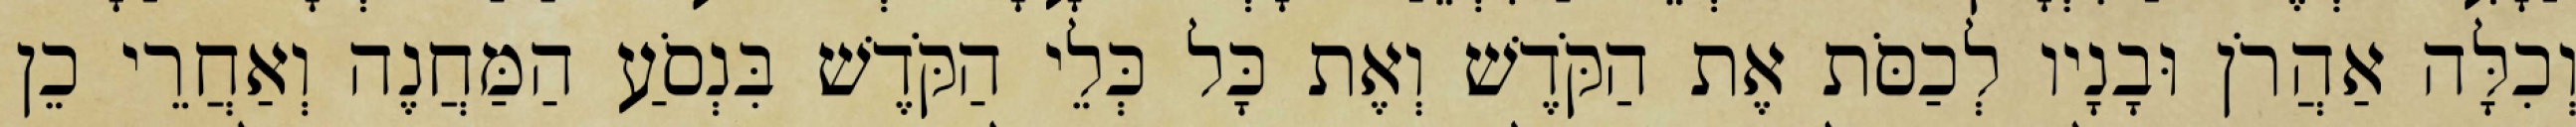
וְכִלָּה אַהֲרֹן וּבָנָיו לְכַסֹּת אֶת הַקֹּדֶשׁ וְאֶת כָּל כְּלֵי הַקֹּדֶשׁ בִּנְסֹעַ הַמַּחֲנֶה וְאַחֲרֵי כֵן